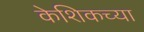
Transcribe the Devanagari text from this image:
केशिकच्या